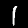
Digit: 1